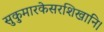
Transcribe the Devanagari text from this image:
सुकुमारकेसरशिखानि।